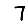
Digit: 7